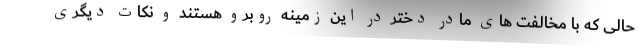
حالی که با مخالفت های مادر دختر در این زمینه روبرو هستند و نکات دیگری